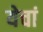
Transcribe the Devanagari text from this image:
येचां